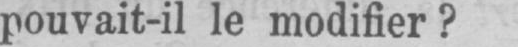
pouvait-il le modifier?